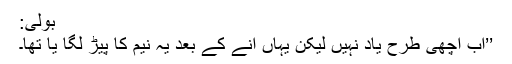
بولی:
’’اب اچھی طرح یاد نہیں لیکن یہاں آنے کے بعد یہ نیم کا پیڑ لگا یا تھا۔